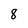
Character: 8